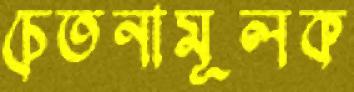
চেতনামূলক